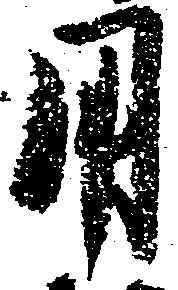
用